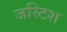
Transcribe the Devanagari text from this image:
जस्टिश